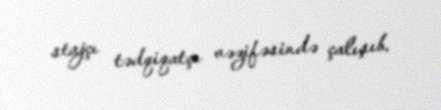
stajçı tədqiqatçı vəzifəsində çalışıb.